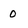
Character: 0